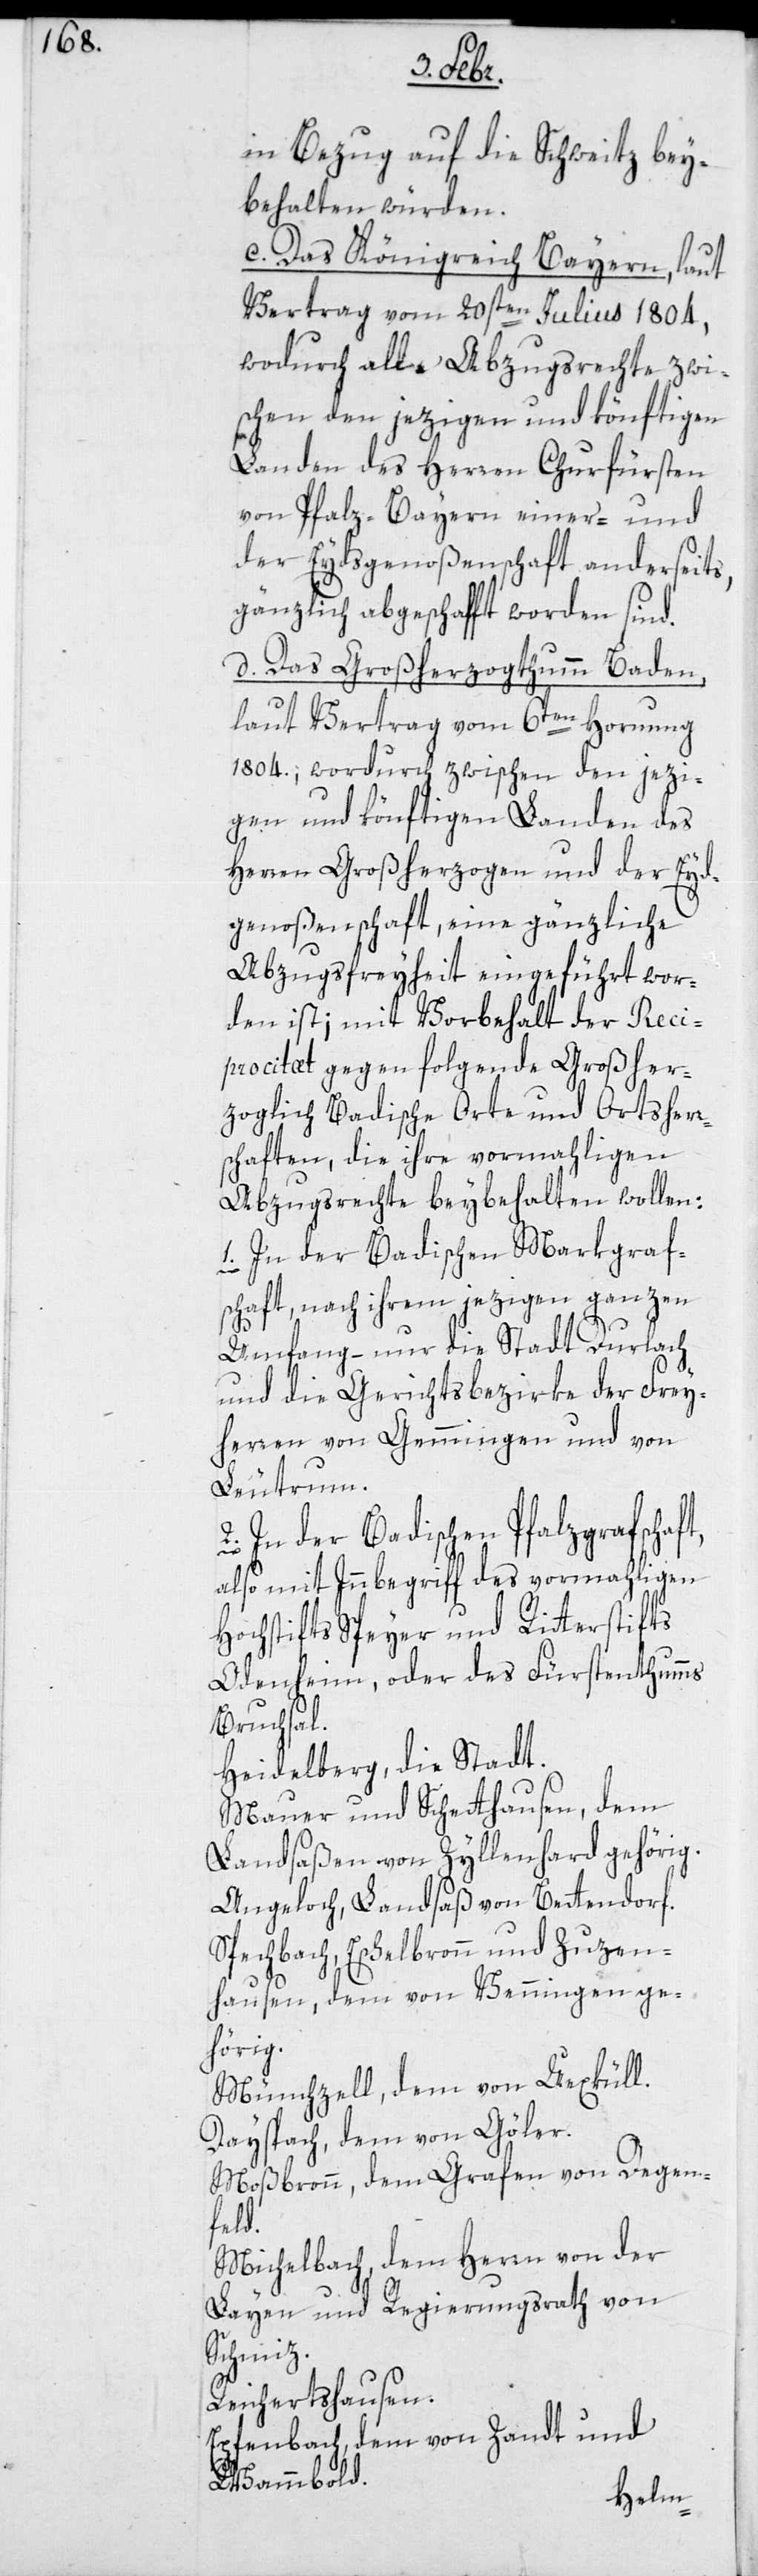
in Bezug auf die Schweitz bei¬
behalten würden.
c. Das Königreich Bayern, laut
Vertrag vom 20sten Julius 1804,
wodurch alle Abzugsrechte zwi¬
schen den jezigen und könftigen
Landen des Herren Churfürsten
von Pfalz-Bayern einer- und
der Eydsgenoßenschaft anderseits,
gänzlich abgeschafft worden sind.
d. Das Großherzogtum Baden,
laut Vertrag vom 6ten Hornung
1804.; wodurch zwischen den jezi¬
gen und könftigen Landen des
Herren Großherzogen und der Eyd¬
genoßenschaft, eine gänzliche
Abzugsfreiheit eingeführt wor¬
den ist; mit Vorbehalt der Reci¬
procität gegen folgende großher¬
zoglich badische Orte und Ortsher¬
schaften, die ihre vormahligen
Abzugsrechte beybehalten wollen:
1. In der Badischen Markgraf¬
schaft, nach ihrem jezigen ganzen
Umfang – nur die Stadt Durlach
und die Gerichtsbezirke der Frey¬
herren von Gemmingen und von
Leutrum.
2. In der Badischen Pfalzgrafschaft,
also mit Innbegriff des vormahligen
Hochstifts Speyer und Ritterstifts
Odenheim, oder des Fürstenthums
r¬
Bruchsal.
Heidelberg, die Stadt.
Mauer und Schetthausen, dem
Landsaßen von Zyllenhard gehörig.
Angeloch, Landsaß von Bettendorf.
Spechbach, Eschelbronn und Zuzen¬
hausen, dem von Wenningen ge¬
hörig.
Münchzell, dem von Dexküll.
Dayspach, dem von Göler.
Moßbronn, dem Grafen von Degen¬
feld.
Michelbach, dem Herren von der
Layen und Regierungsrath von
Schmiz.
Reichertshausen.
Epfenbach, dem von Zandt und
Wammbold.